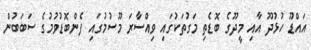
އައްޑޫ ހުޅުދޫ އާއި މީދޫގެ ބޮޑެތި މަގުތަކުގައި ވިއްސާރަ މޫސުމުގައި ފެންބޮޑުވުމުގެ ސަބަބުން